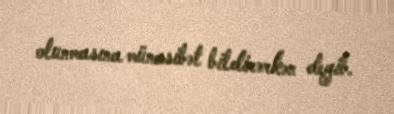
olunmasına münasibət bildirərkən deyib.